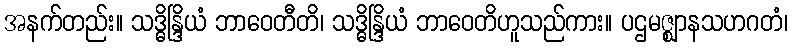
အနက်တည်း။ သဒ္ဓိန္ဒြိယံ ဘာဝေတီတိ၊ သဒ္ဓိန္ဒြိယံ ဘာဝေတိဟူသည်ကား။ ပဌမဇ္ဈာနသဟဂတံ၊